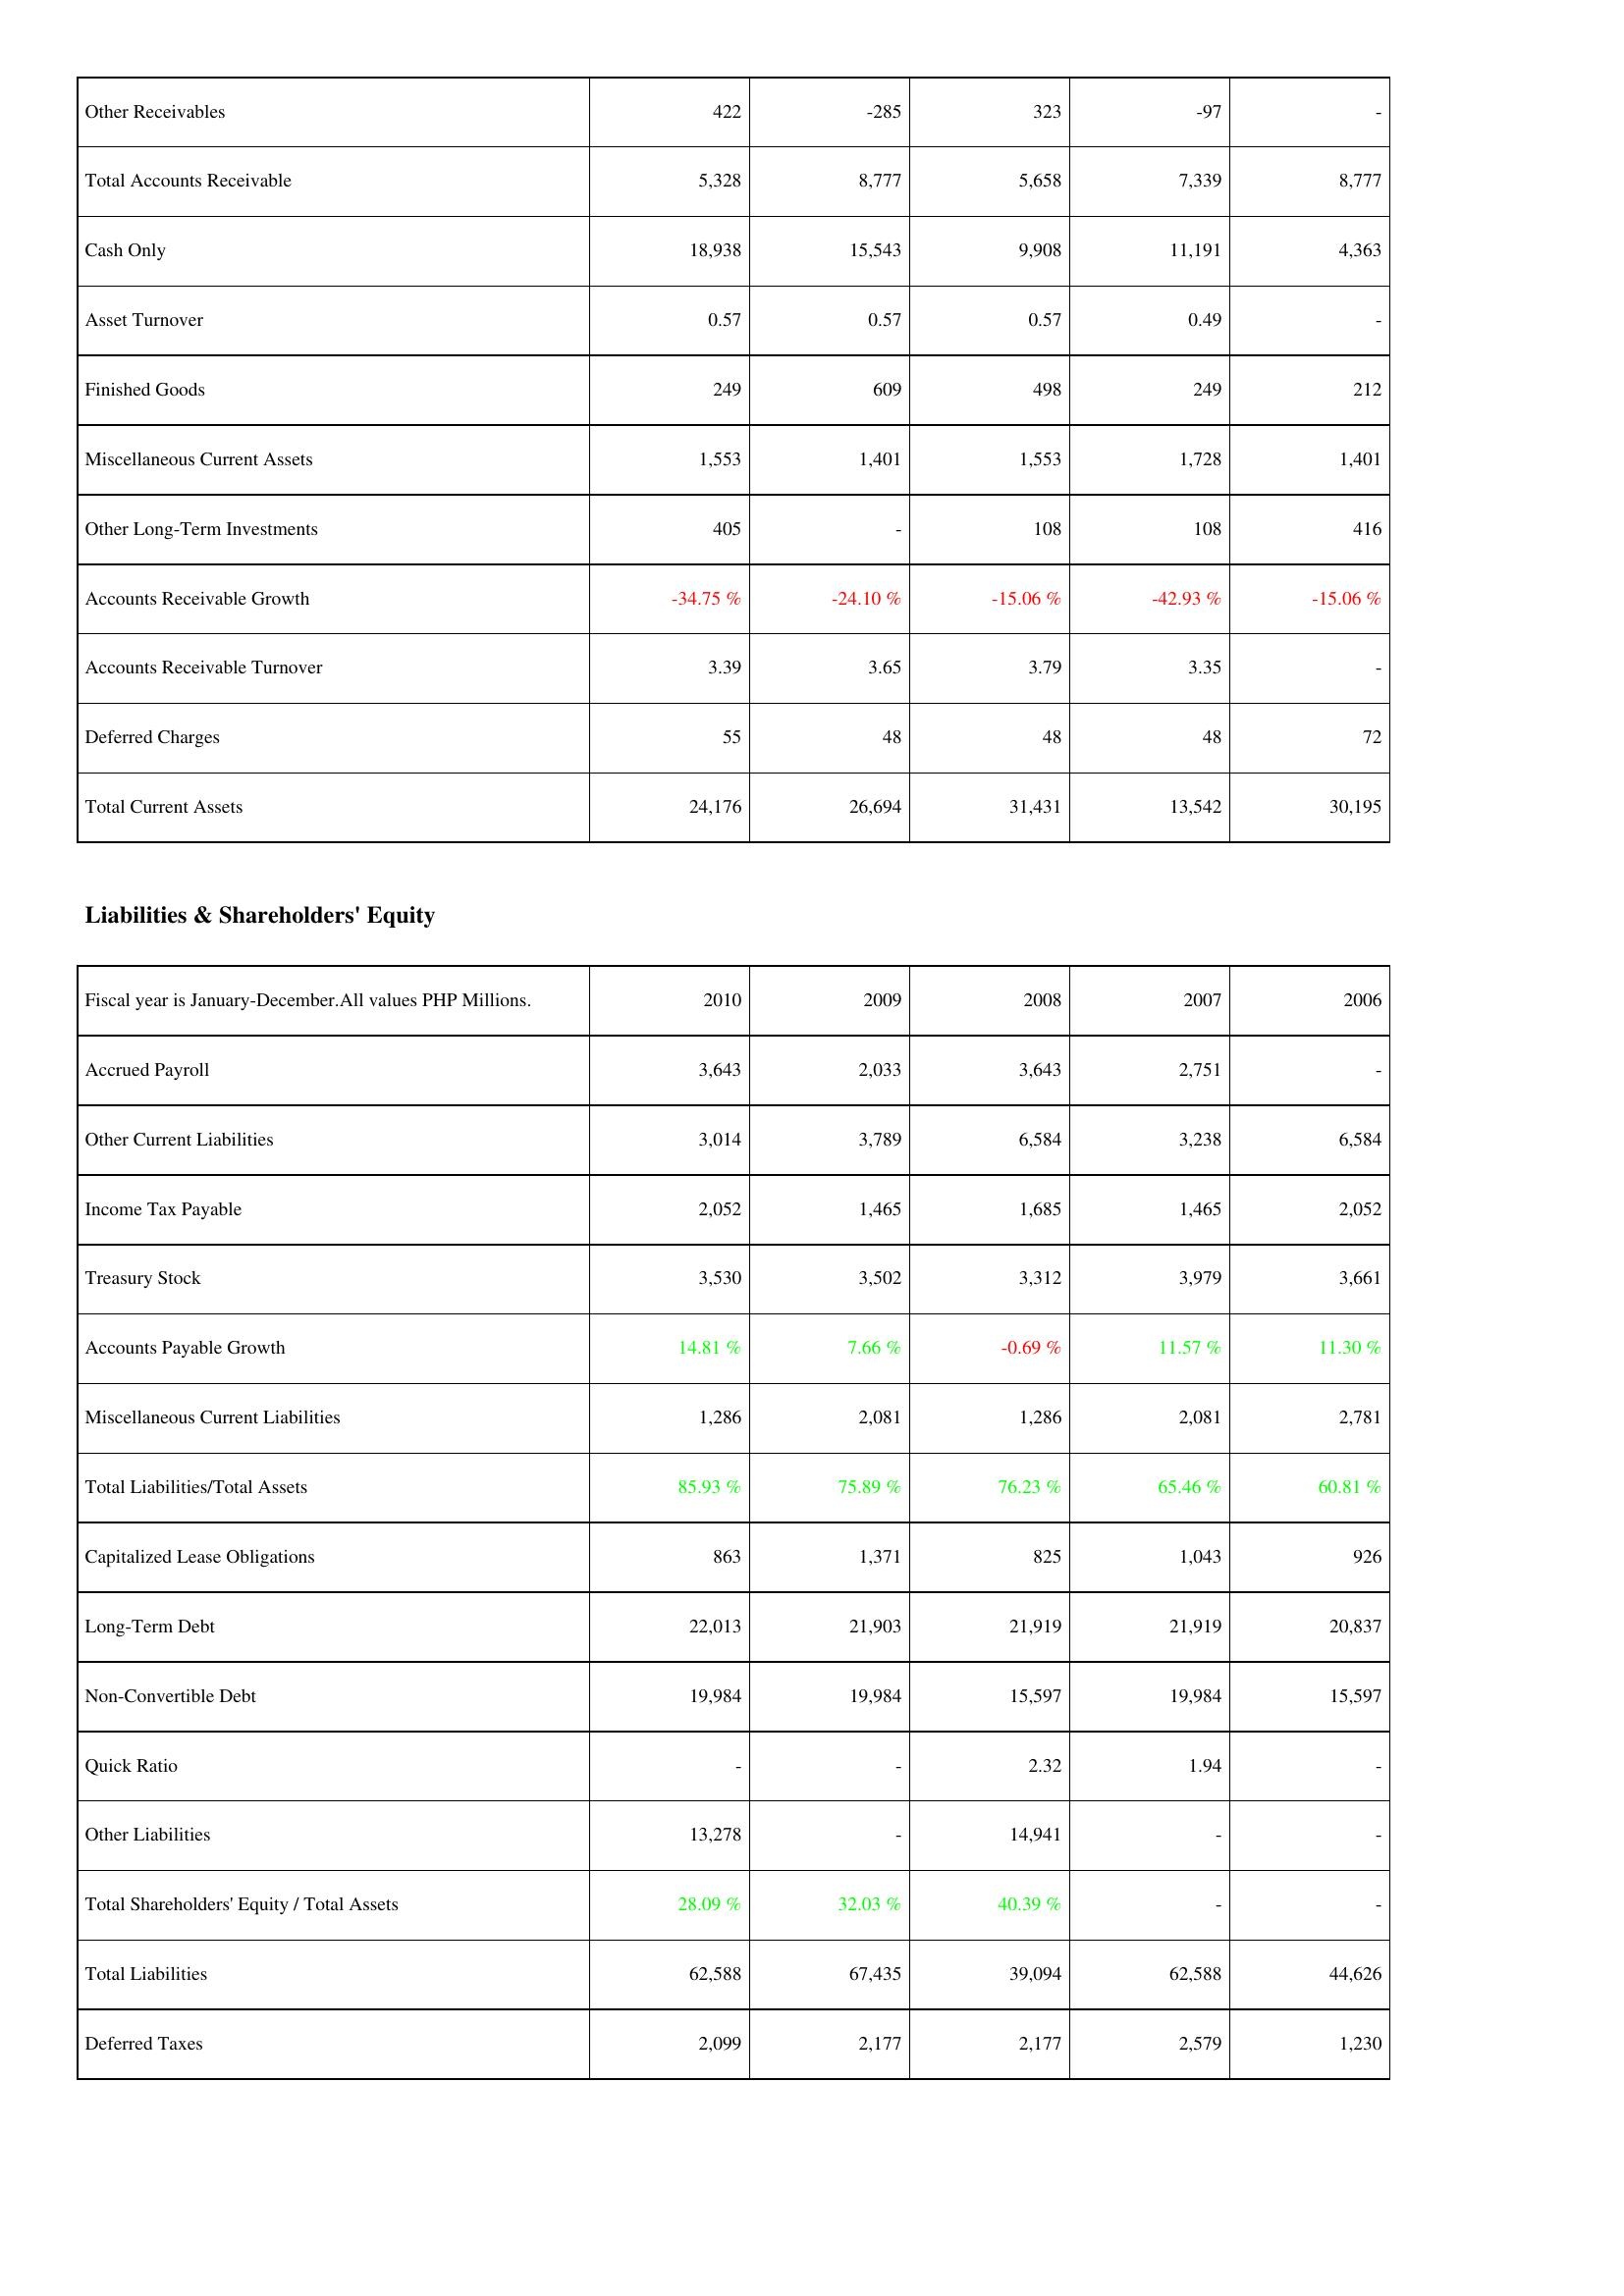
2010: Assets: Other Receivables: 422
Total Accounts Receivable: 5,328
Cash Only: 18,938
Asset Turnover: 0.57
Finished Goods: 249
Miscellaneous Current Assets: 1,553
Other Long-Term Investments: 405
Accounts Receivable Growth: -34.75 %
Accounts Receivable Turnover: 3.39
Deferred Charges: 55
Total Current Assets: 24,176
Liabilities & Shareholders' Equity: Accrued Payroll: 3,643
Other Current Liabilities: 3,014
Income Tax Payable: 2,052
Treasury Stock: 3,530
Accounts Payable Growth: 14.81 %
Miscellaneous Current Liabilities: 1,286
Total Liabilities/Total Assets: 85.93 %
Capitalized Lease Obligations: 863
Long-Term Debt: 22,013
Non-Convertible Debt: 19,984
Quick Ratio: -
Other Liabilities: 13,278
Total Shareholders' Equity / Total Assets: 28.09 %
Total Liabilities: 62,588
Deferred Taxes: 2,099
2009: Assets: Other Receivables: -285
Total Accounts Receivable: 8,777
Cash Only: 15,543
Asset Turnover: 0.57
Finished Goods: 609
Miscellaneous Current Assets: 1,401
Other Long-Term Investments: -
Accounts Receivable Growth: -24.10 %
Accounts Receivable Turnover: 3.65
Deferred Charges: 48
Total Current Assets: 26,694
Liabilities & Shareholders' Equity: Accrued Payroll: 2,033
Other Current Liabilities: 3,789
Income Tax Payable: 1,465
Treasury Stock: 3,502
Accounts Payable Growth: 7.66 %
Miscellaneous Current Liabilities: 2,081
Total Liabilities/Total Assets: 75.89 %
Capitalized Lease Obligations: 1,371
Long-Term Debt: 21,903
Non-Convertible Debt: 19,984
Quick Ratio: -
Other Liabilities: -
Total Shareholders' Equity / Total Assets: 32.03 %
Total Liabilities: 67,435
Deferred Taxes: 2,177
2008: Assets: Other Receivables: 323
Total Accounts Receivable: 5,658
Cash Only: 9,908
Asset Turnover: 0.57
Finished Goods: 498
Miscellaneous Current Assets: 1,553
Other Long-Term Investments: 108
Accounts Receivable Growth: -15.06 %
Accounts Receivable Turnover: 3.79
Deferred Charges: 48
Total Current Assets: 31,431
Liabilities & Shareholders' Equity: Accrued Payroll: 3,643
Other Current Liabilities: 6,584
Income Tax Payable: 1,685
Treasury Stock: 3,312
Accounts Payable Growth: -0.69 %
Miscellaneous Current Liabilities: 1,286
Total Liabilities/Total Assets: 76.23 %
Capitalized Lease Obligations: 825
Long-Term Debt: 21,919
Non-Convertible Debt: 15,597
Quick Ratio: 2.32
Other Liabilities: 14,941
Total Shareholders' Equity / Total Assets: 40.39 %
Total Liabilities: 39,094
Deferred Taxes: 2,177
2007: Assets: Other Receivables: -97
Total Accounts Receivable: 7,339
Cash Only: 11,191
Asset Turnover: 0.49
Finished Goods: 249
Miscellaneous Current Assets: 1,728
Other Long-Term Investments: 108
Accounts Receivable Growth: -42.93 %
Accounts Receivable Turnover: 3.35
Deferred Charges: 48
Total Current Assets: 13,542
Liabilities & Shareholders' Equity: Accrued Payroll: 2,751
Other Current Liabilities: 3,238
Income Tax Payable: 1,465
Treasury Stock: 3,979
Accounts Payable Growth: 11.57 %
Miscellaneous Current Liabilities: 2,081
Total Liabilities/Total Assets: 65.46 %
Capitalized Lease Obligations: 1,043
Long-Term Debt: 21,919
Non-Convertible Debt: 19,984
Quick Ratio: 1.94
Other Liabilities: -
Total Shareholders' Equity / Total Assets: -
Total Liabilities: 62,588
Deferred Taxes: 2,579
2006: Assets: Other Receivables: -
Total Accounts Receivable: 8,777
Cash Only: 4,363
Asset Turnover: -
Finished Goods: 212
Miscellaneous Current Assets: 1,401
Other Long-Term Investments: 416
Accounts Receivable Growth: -15.06 %
Accounts Receivable Turnover: -
Deferred Charges: 72
Total Current Assets: 30,195
Liabilities & Shareholders' Equity: Accrued Payroll: -
Other Current Liabilities: 6,584
Income Tax Payable: 2,052
Treasury Stock: 3,661
Accounts Payable Growth: 11.30 %
Miscellaneous Current Liabilities: 2,781
Total Liabilities/Total Assets: 60.81 %
Capitalized Lease Obligations: 926
Long-Term Debt: 20,837
Non-Convertible Debt: 15,597
Quick Ratio: -
Other Liabilities: -
Total Shareholders' Equity / Total Assets: -
Total Liabilities: 44,626
Deferred Taxes: 1,230